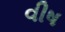
વીષ